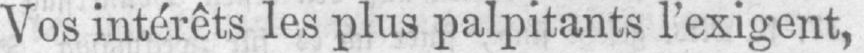
Vos intérêts les plus palpitants l’exigent,